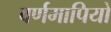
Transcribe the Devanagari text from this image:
वर्णमापियों